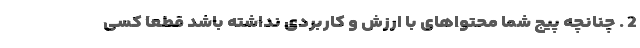
2 . چنانچه پیج شما محتواهای با ارزش و کاربردی نداشته باشد قطعا کسی